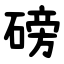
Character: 磅